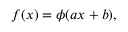
f ( x ) = \phi ( a x + b ) ,